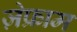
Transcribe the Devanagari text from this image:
ज़ेफ्राम